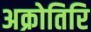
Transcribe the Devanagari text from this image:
अक्रोतिरि